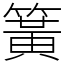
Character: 簧